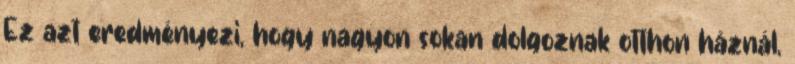
Ez azt eredményezi, hogy nagyon sokan dolgoznak otthon háznál,